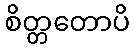
စိတ္တတောပိ